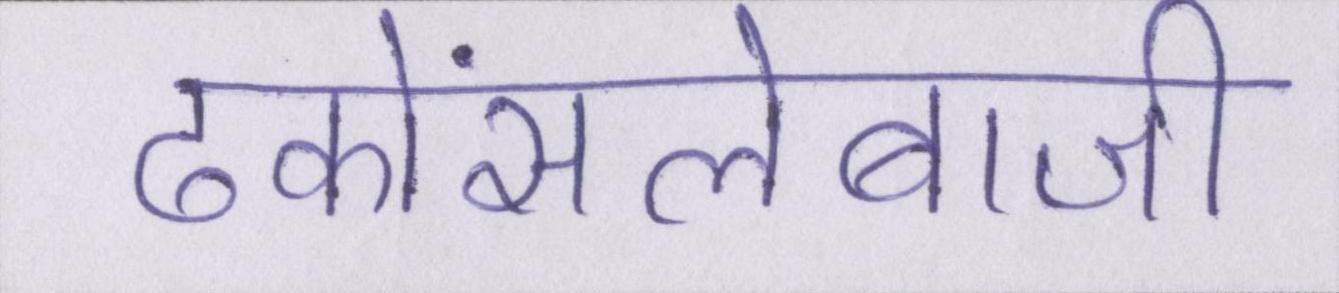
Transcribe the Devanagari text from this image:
ढकोंसलेबाजी